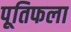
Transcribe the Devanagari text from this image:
पूतिफला